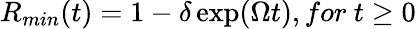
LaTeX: R_{min}(t)=1-\delta\exp(\Omega t),for\ t\geq 0